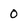
Character: 0